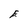
Character: E